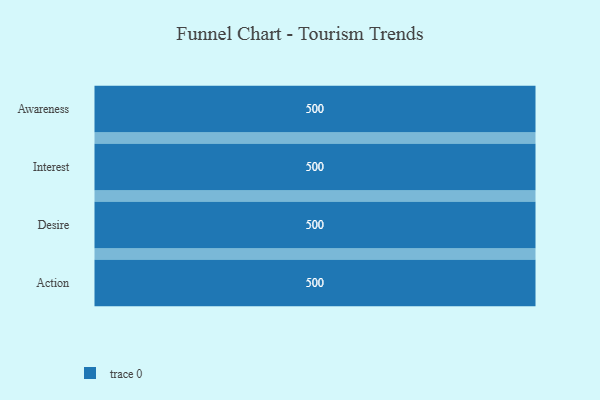
{"axis": {"x": "Stage", "y": "Value"}, "legend": [""], "data": [{"x": "Awareness", "y": 500, "type": ""}, {"x": "Interest", "y": 500, "type": ""}, {"x": "Desire", "y": 500, "type": ""}, {"x": "Action", "y": 500, "type": ""}]}